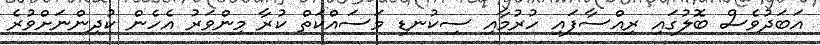
އަބަދުވެސް ބޮލުގައި ރިއްސާފައި ހުރުމާއި ސިކުނޑި މަސައްކަތް ކުރާ މިންވަރު އެހެން ކުދިންނަށްވުރެ